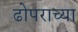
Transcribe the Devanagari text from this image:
ढोपराच्या